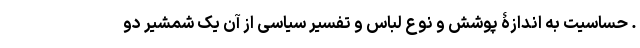
. حساسیت به اندازۀ پوشش و نوع لباس و تفسیر سیاسی از آن یک شمشیر دو